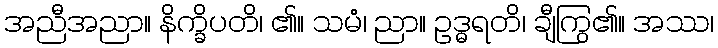
အညီအညာ။ နိက္ခိပတိ၊ ၏။ သမံ၊ ညာ။ ဥဒ္ဓရတိ၊ ချီကြွ၏။ အဿ၊